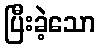
ပြီးခဲ့သော